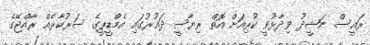
ރައީސް ނަޝީދު ވިދާޅުވީ ކުރިއަށް އޮތް ރިޔާސީ ދައުރުގައި އެމްޑީޕީގެ ސަރުކާރެއް ރާއްޖޭގެ